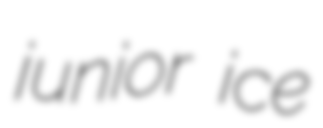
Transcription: junior ice